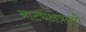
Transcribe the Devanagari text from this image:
नाट्यक्षेत्राशी